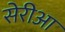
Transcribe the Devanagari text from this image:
सेरीआ